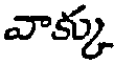
వాక్కు